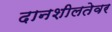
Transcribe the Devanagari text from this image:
दानशीलतेवर